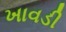
ખાવડી